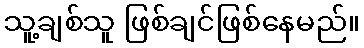
သူ့ချစ်သူ ဖြစ်ချင်ဖြစ်နေမည်။